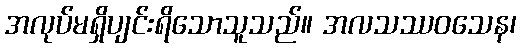
အလုပ်မရှိပျင်းရိသောသူသည်။ အလသဿဝသေန၊